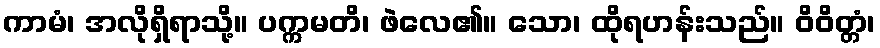
ကာမံ၊ အလိုရှိရာသို့။ ပက္ကမတိ၊ ဖဲလေ၏။ သော၊ ထိုရဟန်းသည်။ ဝိဝိတ္တံ၊